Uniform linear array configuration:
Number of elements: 24
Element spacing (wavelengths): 0.25
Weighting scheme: exponential
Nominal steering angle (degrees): -15
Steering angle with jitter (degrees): -16.113
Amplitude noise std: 0.05
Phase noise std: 0.05

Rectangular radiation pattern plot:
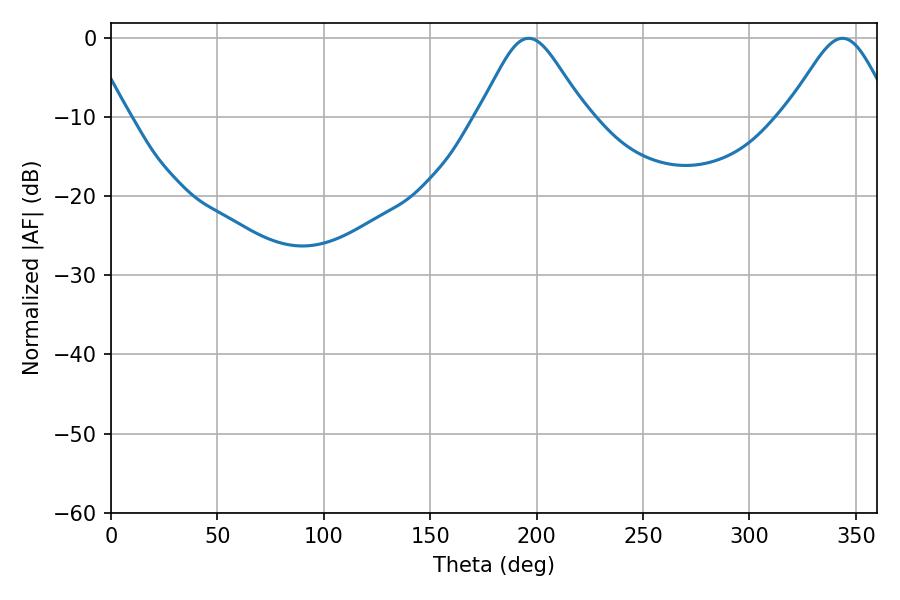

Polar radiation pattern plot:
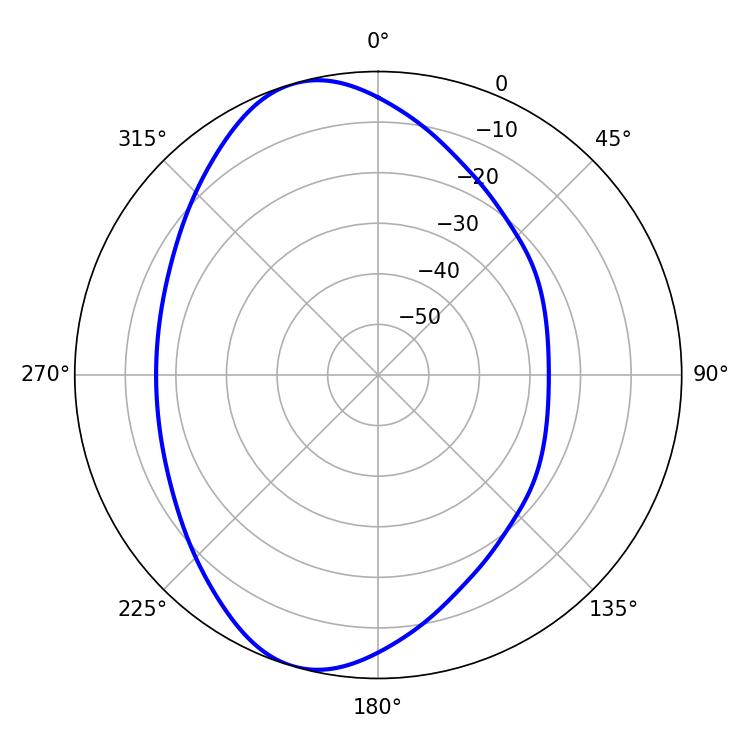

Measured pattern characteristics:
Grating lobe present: FALSE
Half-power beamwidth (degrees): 24.48
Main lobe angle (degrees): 196.2